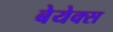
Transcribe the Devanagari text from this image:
बेयेक्स